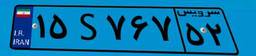
۱۵S۷۶۷۵۲